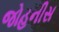
જોહનીસ